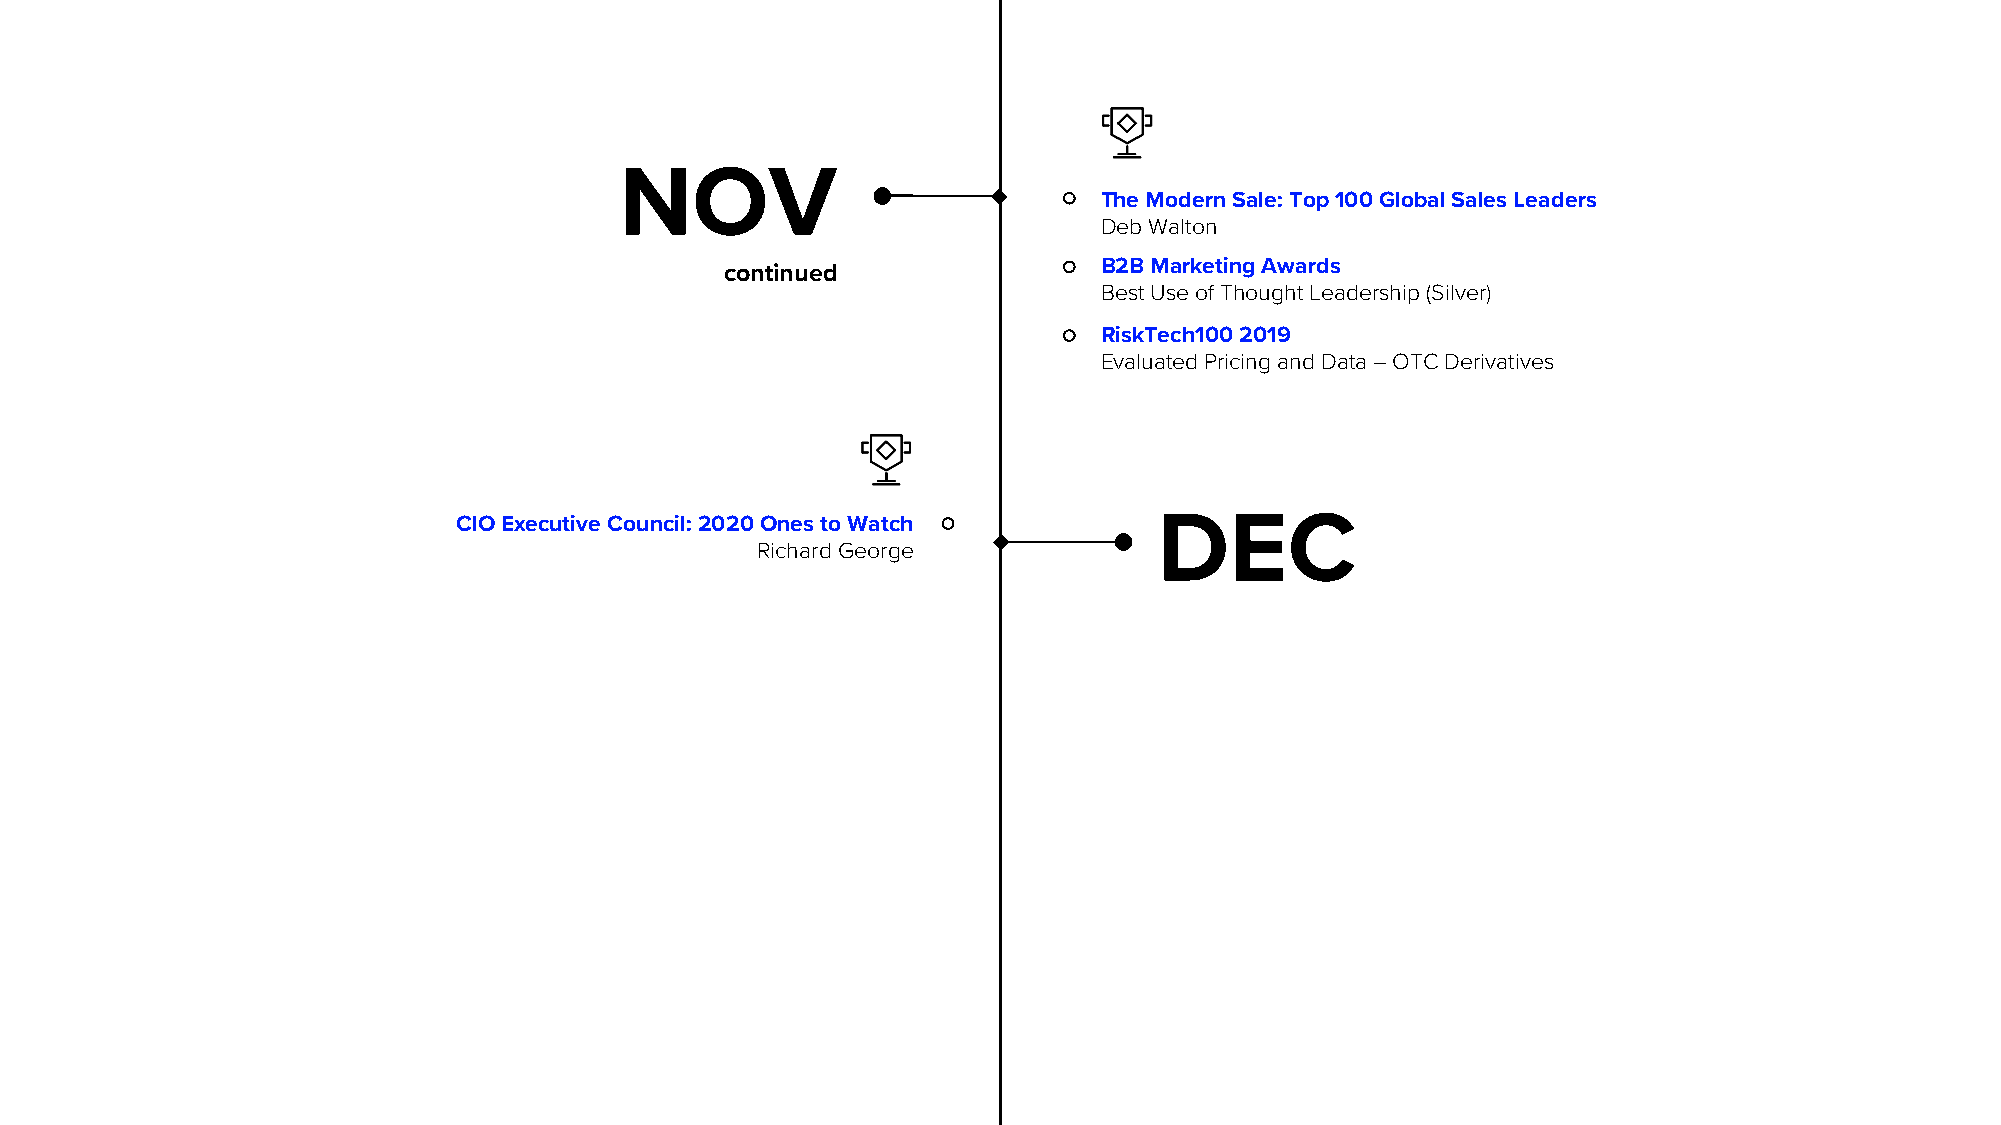
NOV
 The Modern Sale: Top 100 Global Sales Leaders
 Deb Walton
 continued                B2B Marketing Awards
 Best Use of Thought Leadership (Silver)
 RiskTech100 2019
 Evaluated Pricing and Data –OTC Derivatives
 CIO Executive Council:2020 Ones to Watch       DEC
 Richard George